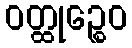
ဝတ္ထုဉ္စေဝ